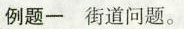
例题一 街道问题。